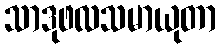
သာဒုဖလသမာယုတာ